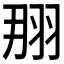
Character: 𦐃